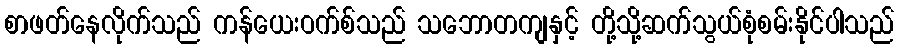
စာဖတ်နေလိုက်သည် ကန်ယေးဝက်စ်သည် သဘောတကျနှင့် တို့သို့ဆက်သွယ်စုံစမ်းနိုင်ပါသည်